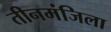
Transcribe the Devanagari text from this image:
तीनमंजिला